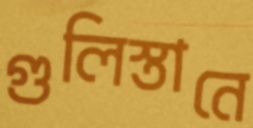
গুলিস্তানে